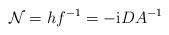
LaTeX: \begin{align*}{\cal N}=hf^{-1}=-\mbox{\rm i} DA^{-1}\end{align*}